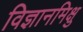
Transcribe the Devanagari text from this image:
विज्ञानमिक्षु